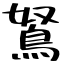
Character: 鴑